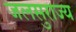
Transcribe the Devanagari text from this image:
जलसुराज्य